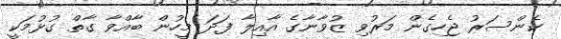
ކެންސަރު ޖެހިގެން މަރުވި ޒުވާނާގެ އާއިލާ ފަދަ މީހުން ބާއްވާ ގާތް ގުޅުމަކީ